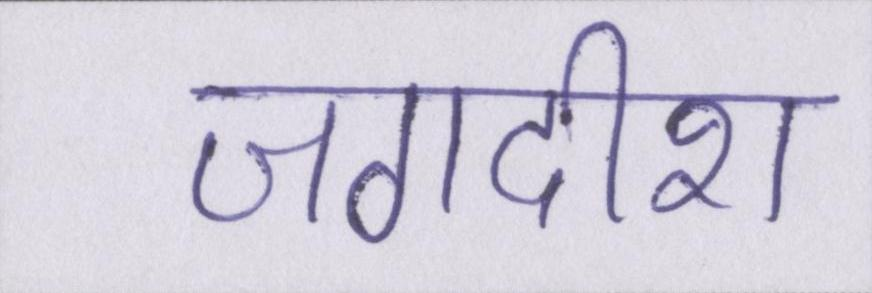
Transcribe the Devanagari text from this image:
जगदीश